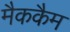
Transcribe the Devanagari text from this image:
मैककैम